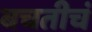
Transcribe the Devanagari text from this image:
बचतीचं